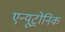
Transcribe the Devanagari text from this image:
एन्यूट्रोनिक